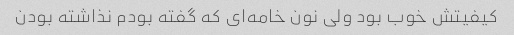
کیفیتش خوب بود ولی نون خامه‌ای که گفته بودم نذاشته بودن